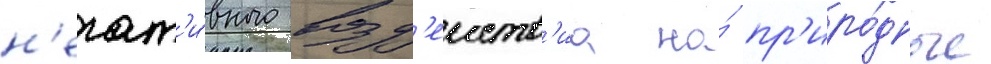
н'егат'и́вного возд'еиств'иа на́ пр'иро́дные